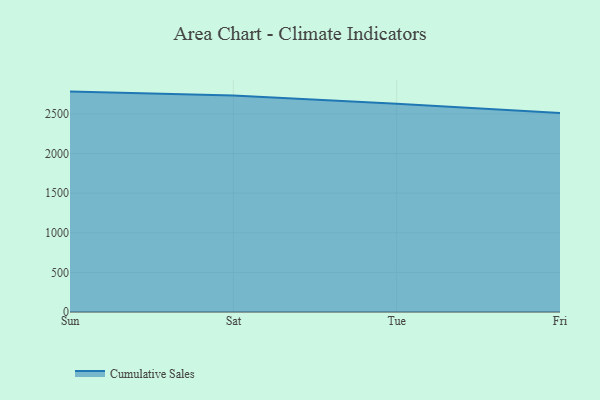
{"axis": {"x": "Day", "y": "Active Users"}, "legend": ["Cumulative Sales"], "data": [{"x": "Sun", "y": 2782.4, "type": "Cumulative Sales"}, {"x": "Sat", "y": 2734.0, "type": "Cumulative Sales"}, {"x": "Tue", "y": 2630.2, "type": "Cumulative Sales"}, {"x": "Fri", "y": 2511.6, "type": "Cumulative Sales"}]}